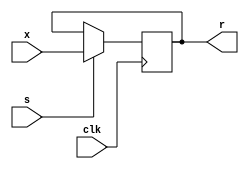
module test_16bit(input [15:0] x, input s, input clk, output [15:0] r);
	reg [15:0] r;
	always @(posedge clk)
		if(s) r <= x ;
endmodule